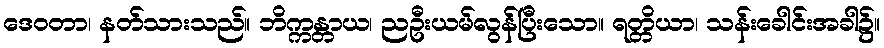
ဒေဝတာ၊ နတ်သားသည်။ ဘိက္ကန္တာယ၊ ညဦးယမ်လွန်ပြီးသော။ ရတ္တိယာ၊ သန်းခေါင်းအခါ၌။